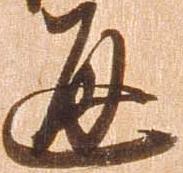
通